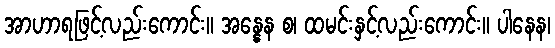
အာဟာရဖြင့်လည်းကောင်း။ အန္နေန စ၊ ထမင်းနှင့်လည်းကောင်း။ ပါနေန၊